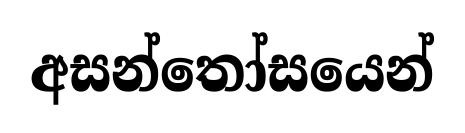
අසන්තෝසයෙන්